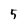
Character: 5